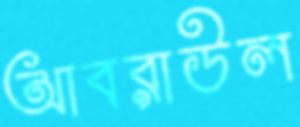
আবরাউল